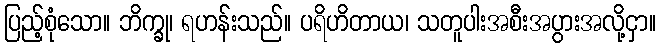
ပြည့်စုံသော။ ဘိက္ခု၊ ရဟန်းသည်။ ပရိဟိတာယ၊ သတူပါးအစီးအပွားအလို့ငှာ။